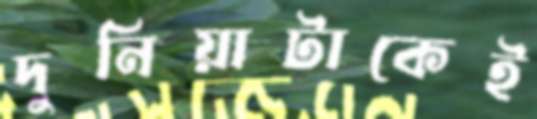
দুনিয়াটাকেই